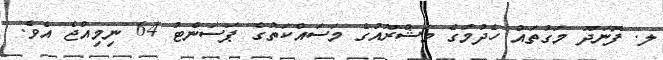
ލ. ފޮނަދޫ މަގުތައް ހެދުމުގެ މަޝްރޫއުގެ މަސައްކަތުގެ ޕަސަންޓު 64 ނިމިއްޖެ އެވެ.